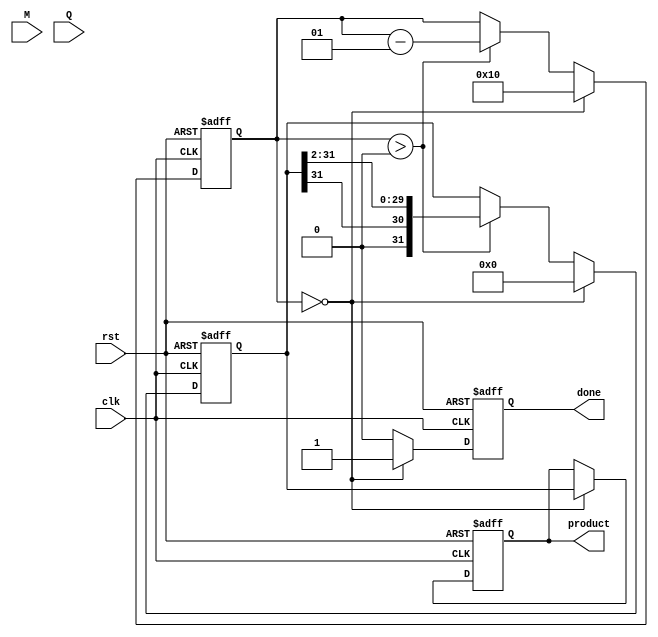
module modified_booth_multiplier (
    input wire clk,              // Clock signal
    input wire rst,              // Reset signal
    input wire [15:0] M,         // Multiplicand
    input wire [15:0] Q,         // Multiplier
    output reg [31:0] product,   // Final product
    output reg done              // Signal to indicate completion
);

    reg [15:0] multiplicand;     // Register for the multiplicand (M)
    reg [15:0] multiplier;        // Register for the multiplier (Q)
    reg [31:0] accumulator;       // Accumulator (A)
    reg [1:0] q_prev;            // Previous bit for Booth encoding
    integer count;               // Loop counter

    // State Machine: Control logic for the Booth multiplier
    always @(posedge clk or posedge rst) begin
        if (rst) begin
            multiplicand <= 0;
            multiplier <= 0;
            accumulator <= 0;
            product <= 0;
            done <= 0;
            count <= 0;
            q_prev <= 2'b0;
        end else begin
            // Load inputs into registers on the first clock cycle
            if (count == 0) begin
                multiplicand <= M;
                multiplier <= Q;
                accumulator <= 0;
                q_prev <= 2'b0; // Initialize previous Q bit
                count <= 16; // Set to the number of bits in the multiplier
            end else if (count > 0) begin
                case ({multiplier[0], q_prev}) // Booth encoding based on Q[0] and Q_prev
                    2'b00: ; // No operation (A remains unchanged)
                    2'b01: accumulator <= accumulator + multiplicand; // Add M to A
                    2'b10: accumulator <= accumulator - multiplicand; // Subtract M from A
                    2'b11: ; // No operation (A remains unchanged)
                endcase

                // Shift operation: Arithmetic right shift
                {accumulator, multiplier} <= {accumulator[31], accumulator[31:1], multiplier[15:1]};

                // Update previous bits
                q_prev <= {multiplier[0], q_prev[0]};

                // Decrease the count
                count <= count - 1;
            end

            // When finished shifting
            if (count == 0) begin
                product <= accumulator; // Store the final result in the product
                done <= 1; // Indicate completion
            end else begin
                done <= 0; // Reset done signal during processing
            end
        end
    end
endmodule